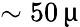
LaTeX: \sim 50\, \upmu